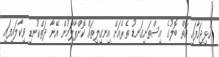
ހުޅިޖަހާފައި އޮތް ބޮލުގެ އިސްތަށިގަނޑު ތެރެއަށް އިނގިލިތައް ކޮށްޕާލަމުން އޭނާ ދަތްކުނޑި ވިކާލައިފައި